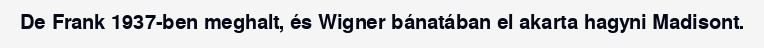
De Frank 1937-ben meghalt, és Wigner bánatában el akarta hagyni Madisont.